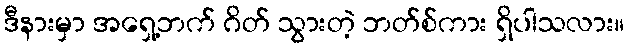
ဒီနားမှာ အရှေ့ဘက် ဂိတ် သွားတဲ့ ဘတ်စ်ကား ရှိပါသလား။